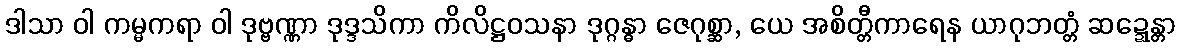
ဒါသာ ဝါ ကမ္မကရာ ဝါ ဒုဗ္ဗဏ္ဏာ ဒုဒ္ဒသိကာ ကိလိဋ္ဌဝသနာ ဒုဂ္ဂန္ဓာ ဇေဂုစ္ဆာ, ယေ အစိတ္တီကာရေန ယာဂုဘတ္တံ ဆဍ္ဍေန္တာ